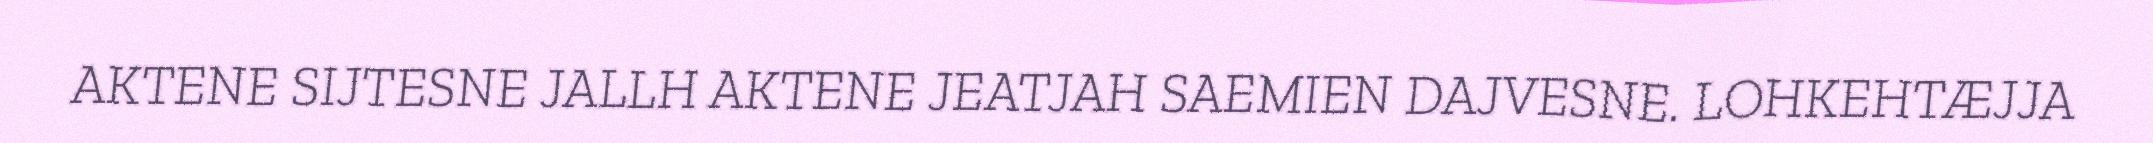
AKTENE SIJTESNE JALLH AKTENE JEATJAH SAEMIEN DAJVESNE. LOHKEHTÆJJA